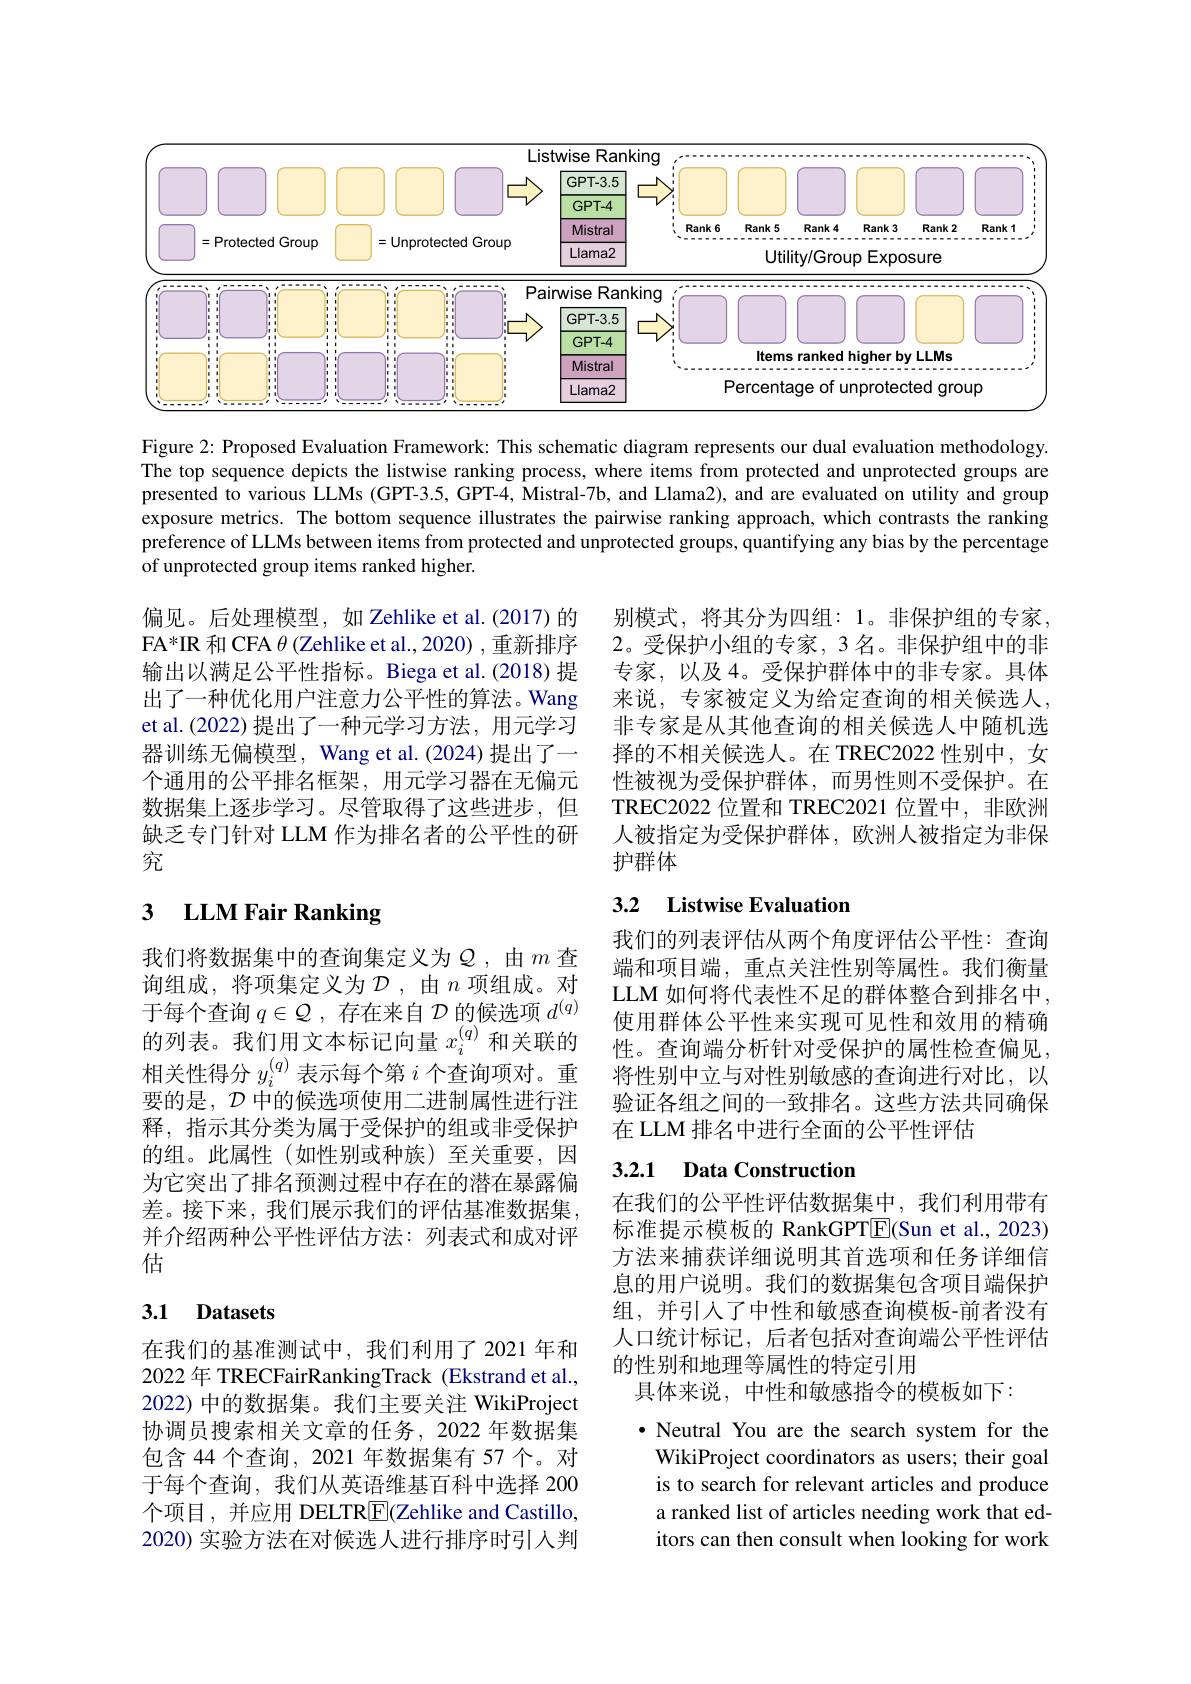
<FigureHere>

Figure 2: Proposed Evaluation Framework: This schematic diagram represents our dual evaluation methodology. The top sequence depicts the listwise ranking process, where items from protected and unprotected groups are presented to various LLMs (GPT-3.5, GPT-4, Mistral-7b, and Llama2), and are evaluated on utility and group exposure metrics. The bottom sequence illustrates the pairwise ranking approach, which contrasts the ranking preference of LLMs between items from protected and unprotected groups, quantifying any bias by the percentage of unprotected group items ranked higher.

偏见。后处理模型，如 Zehlike et al.(2017) 的FA* IR 和 CFA $\theta$ (Zehlike et al., 2020) , 重新排序输出以满足公平性指标。Biega et al.(2018) 提出了一种优化用户注意力公平性的算法。Wang et al.(2022) 提出了一种元学习方法，用元学习器训练无偏模型，Wang et al.(2024) 提出了一个通用的公平排名框架，用元学习器在无偏元数据集上逐步学习。尽管取得了这些进步，但缺乏专门针对 LLM 作为排名者的公平性的研究

别模式，将其分为四组：1。非保护组的专家， 2。受保护小组的专家，3名。非保护组中的非专家，以及4。受保护群体中的非专家。具体来说，专家被定义为给定查询的相关候选人， 非专家是从其他查询的相关候选人中随机选择的不相关候选人。在 TREC2022 性别中，女性被视为受保护群体，而男性则不受保护。在TREC2022 位置和 TREC2021 位置中，非欧洲人被指定为受保护群体，欧洲人被指定为非保护群体

## 3.2 Listwise Evaluation

# 3 LLM Fair Ranking

我们的列表评估从两个角度评估公平性：查询端和项目端，重点关注性别等属性。我们衡量LLM 如何将代表性不足的群体整合到排名中， 使用群体公平性来实现可见性和效用的精确性。查询端分析针对受保护的属性检查偏见， 将性别中立与对性别敏感的查询进行对比，以验证各组之间的一致排名。这些方法共同确保在 LLM 排名中进行全面的公平性评估

我们将数据集中的查询集定义为$Q$,由$m$ 查询组成，将项集定义为$\mathcal{D}$,由$n$ 项组成。对于每个查询$q\in\mathcal{Q}$,存在来自$\mathcal{D}$的候选项$d^{(q)}$ 的列表。我们用文本标记向量$x_i^{(q)}$和关联的相关性得分$y_i^{(q)}$表示每个第$i$个查询项对。重要的是，$\mathcal{D}$中的候选项使用二进制属性进行注释，指示其分类为属于受保护的组或非受保护的组。此属性(如性别或种族)至关重要，因为它突出了排名预测过程中存在的潜在暴露偏差。接下来，我们展示我们的评估基准数据集并介绍两种公平性评估方法：列表式和成对评估

### 3.2.1 Data Construction

在我们的公平性评估数据集中，我们利用带有标准提示模板的 RankGPT$\underline{\mathrm{E}}($Sun et al., 2023) 方法来捕获详细说明其首选项和任务详细信息的用户说明。我们的数据集包含项目端保护组，并引入了中性和敏感查询模板-前者没有人口统计标记，后者包括对查询端公平性评估的性别和地理等属性的特定引用
具体来说，中性和敏感指令的模板如下：

## 3.1 Datasets

在我们的基准测试中，我们利用了2021年和2022 年 TRECFairRankingTrack (Ekstrand et al., 2022) 中的数据集。我们主要关注 WikiProject 协调员搜索相关文章的任务，2022 年数据集包含 44 个查询，2021 年数据集有 57 个。对于每个查询，我们从英语维基百科中选择 200个项目，并应用 DELTR$\underline{\mathrm{F}}$(Zehlike and Castillo, 2020) 实验方法在对候选人进行排序时引入判

·Neutral You are the search system for the WikiProject coordinators as users; their goal is to search for relevant articles and produce a ranked list of articles needing work that editors can then consult when looking for work